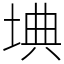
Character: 㙉